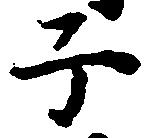
子